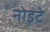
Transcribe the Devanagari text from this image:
नोइटे